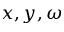
x , y , \omega